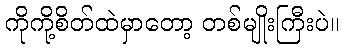
ကိုကို့စိတ်ထဲမှာတော့ တစ်မျိုးကြီးပဲ။